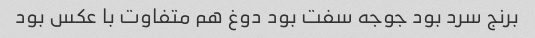
برنج سرد بود جوجه سفت بود دوغ هم متفاوت با عکس بود